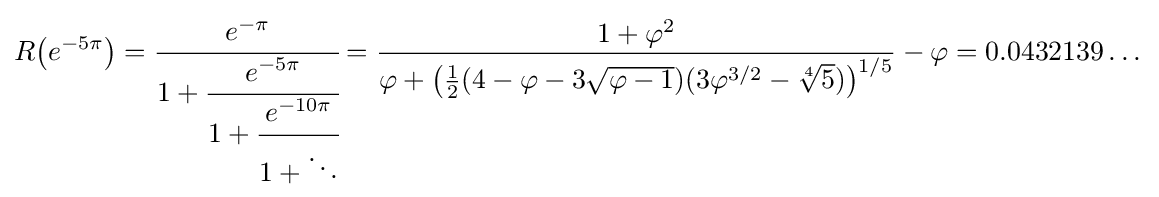
R{\big (}e^{-5\pi }{\big )}={\cfrac {e^{-\pi }}{1+{\cfrac {e^{-5\pi }}{1+{\cfrac {e^{-10\pi }}{1+\ddots }}}}}}={\frac {1+\varphi ^{2}}{\varphi +{\big (}{\frac {1}{2}}(4-\varphi -3{\sqrt {\varphi -1}})(3\varphi ^{3/2}-{\sqrt[{4}]{5}}){\big )}^{1/5}}}-\varphi =0.0432139\dots